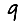
Digit: 9